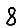
Digit: 8